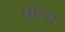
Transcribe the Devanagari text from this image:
पाल्न